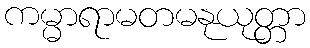
ကမ္မာရာမတမနုယုတ္တာ